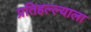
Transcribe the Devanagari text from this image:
प्रतिहल्ल्याला